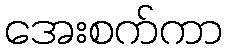
အေးစက်ကာ